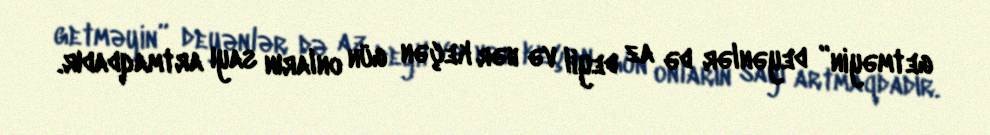
getməyin” deyənlər də az deyil və hər keçən gün onların sayı artmaqdadır.